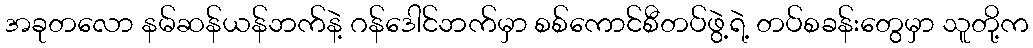
အခုတလော နမ်ဆန်ယန်ဘက်နဲ့ ဂန်ဒေါင်ဘက်မှာ စစ်ကောင်စီတပ်ဖွဲ့ရဲ့ တပ်စခန်းတွေမှာ သူတို့က